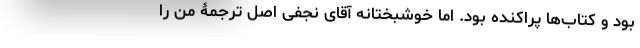
بود و کتاب‌ها پراکنده بود. اما خوشبختانه آقای نجفی اصل ترجمۀ من را